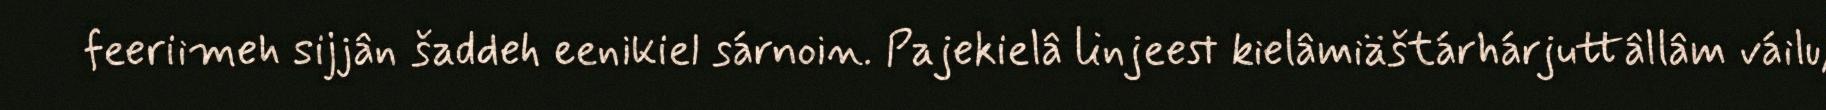
feeriimeh sijjân šaddeh eenikiel sárnoin. Pajekielâ linjeest kielâmiäštárhárjuttâllâm váilu,